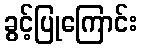
ခွင့်ပြုကြောင်း